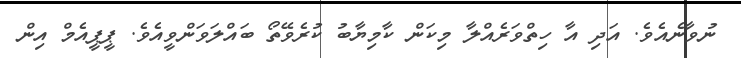
ނުވާނެއެވެ. އަދި އާ ހިތްވަރެއްލާ މިކަން ކާމިޔާބު ކުރެވޭތޯ ބައްލަވަންވީއެވެ. ޕީޕީއެމް އިން